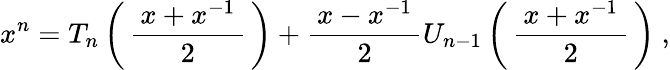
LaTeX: x^{n}=T_{n}\left(\, {\frac{\, x+x^{-1}\, }{2}}\, \right)+{\frac{\, x-x^{-1}\, }{2}}U_{n-1}\left(\, {\frac{\, x+x^{-1}\, }{2}}\, \right)~,